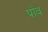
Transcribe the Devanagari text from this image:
पोव